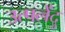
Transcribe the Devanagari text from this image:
उत्पलेंदु